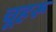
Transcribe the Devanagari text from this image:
चूहरू